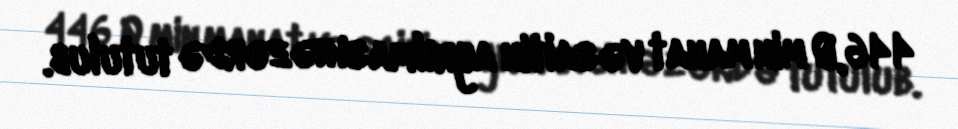
446,0 min manat vəsaitin ayrılması nəzərdə tutulub.